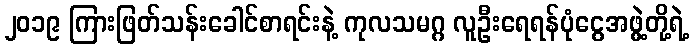
၂၀၁၉ ကြားဖြတ်သန်းခေါင်စာရင်းနဲ့ ကုလသမဂ္ဂ လူဦးရေရန်ပုံငွေအဖွဲ့တို့ရဲ့